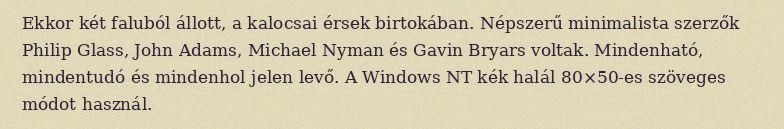
Ekkor két faluból állott, a kalocsai érsek birtokában. Népszerű minimalista szerzők Philip Glass, John Adams, Michael Nyman és Gavin Bryars voltak. Mindenható, mindentudó és mindenhol jelen levő. A Windows NT kék halál 80×50-es szöveges módot használ.